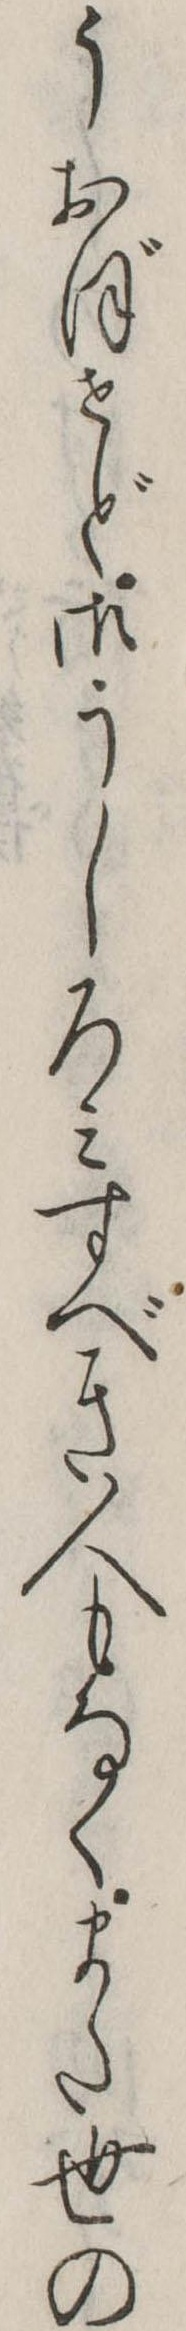
うおぼせど御うしろみすべき人もなくまた世の